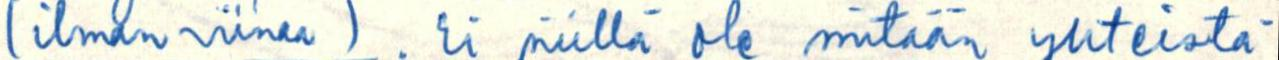
(ilman viinaa). Ei niillä ole mitään yhteistä